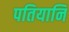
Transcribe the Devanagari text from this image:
पतियानि